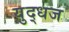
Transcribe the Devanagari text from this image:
युद्धज